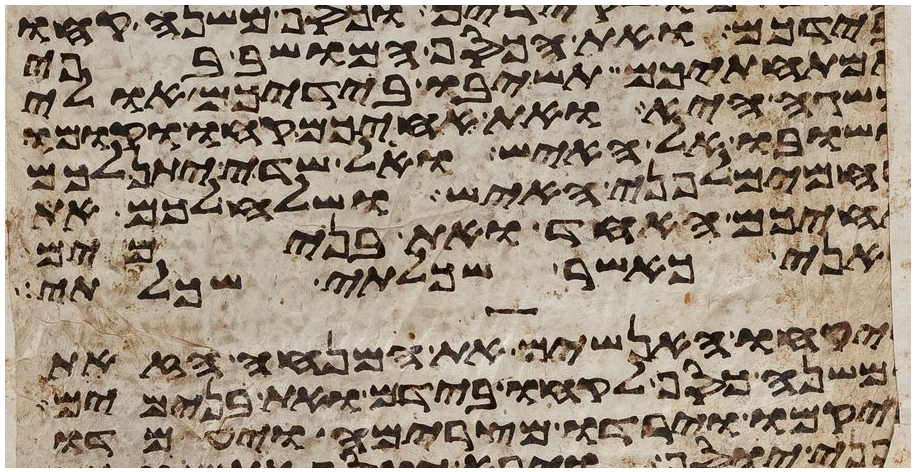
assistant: בידכם ואת הכסף המושב בפי
אמתחתיכם תשיבו בידיכם אולי
משגה היא ואת אחיכם קחו וקומו
ושובו אל האיש ואל שדי יתן לכם
רחמים לפני האיש ושלח לכם את
אחיכם האחד ואת בנימים
ואני כאשר שכלתי שכלתי
ויקחו האנשים את המנחה הזאת
ומשנה כסף לקחו בידם ואת בנימים
ויקמו וירדו מצרימה ויעמדו